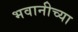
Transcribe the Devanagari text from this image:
भवानीच्या